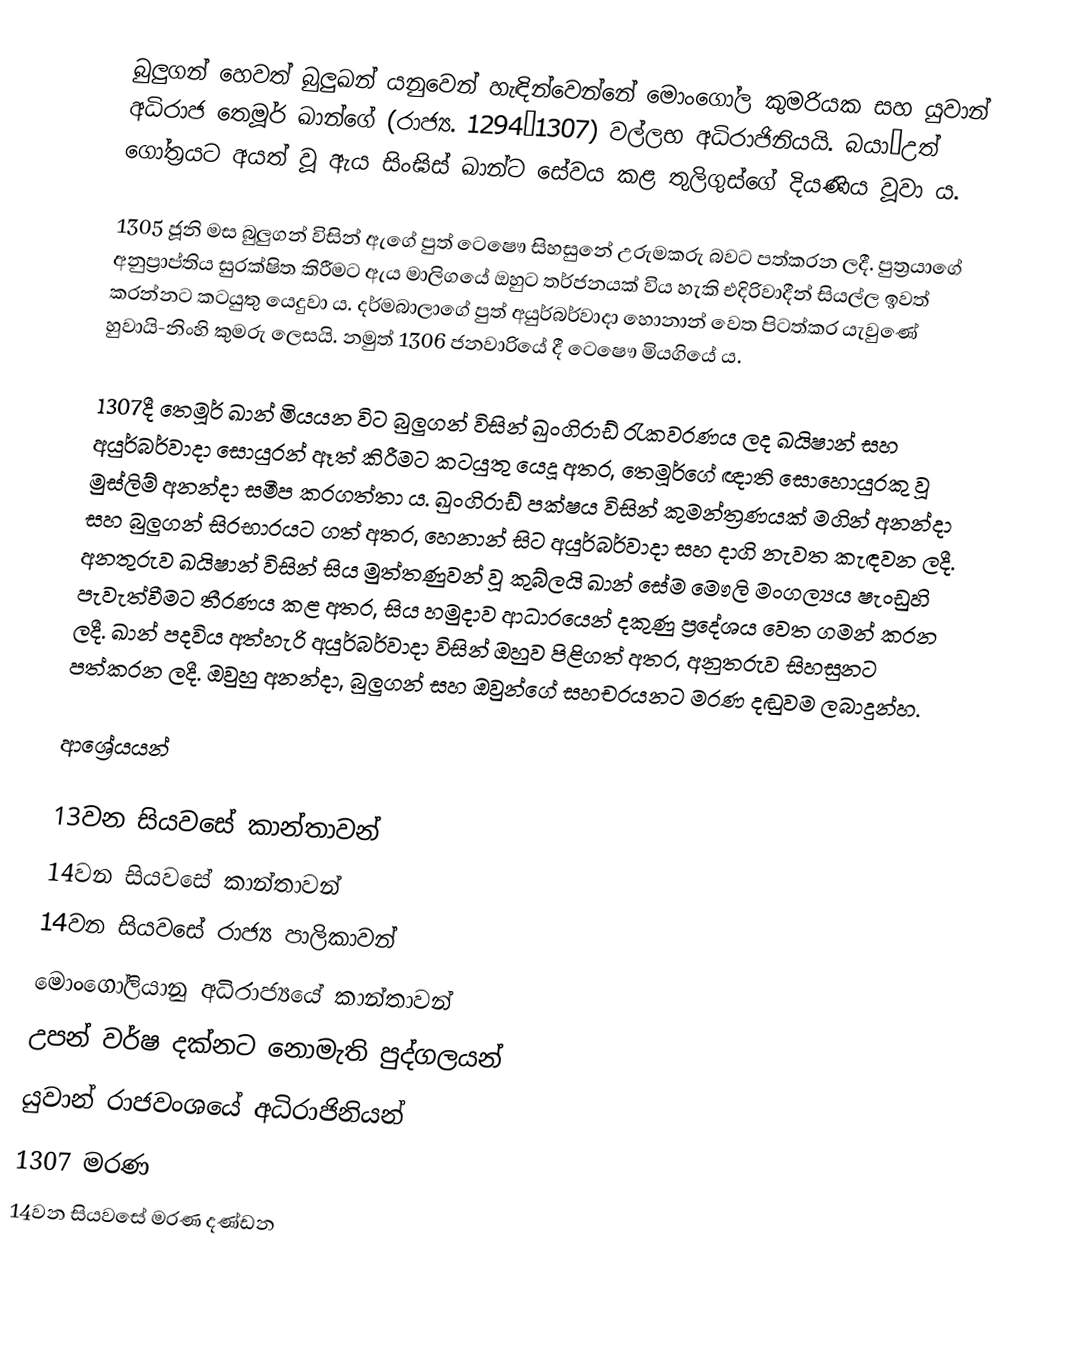
බුලුගන් හෙවත් බුලුඛන් යනුවෙන් හැඳින්වෙන්නේ මොංගෝල කුමරියක සහ යුවාන් අධිරාජ තෙමූර් ඛාන්ගේ (රාජ්‍ය. 1294–1307) වල්ලභ අධිරාජිනියයි. බයා’උත් ගෝත්‍රයට අයත් වූ ඇය සිංඝිස් ඛාන්ට සේවය කළ තුලිගුස්ගේ දියණිය වූවා ය.

1305 ජූනි මස බුලුගන් විසින් ඇගේ පුත් ටෙෂෞ සිහසුනේ උරුමකරු බවට පත්කරන ලදී. පුත්‍රයාගේ අනුප්‍රාප්තිය සුරක්ෂිත කිරීමට ඇය මාලිගයේ ඔහුට තර්ජනයක් විය හැකි එදිරිවාදීන් සියල්ල ඉවත් කරන්නට කටයුතු යෙදුවා ය. දර්මබාලාගේ පුත් අයුර්බර්වාදා හොනාන් වෙත පිටත්කර යැවුණේ හුවායි-නිංහි කුමරු ලෙසයි. නමුත් 1306 ජනවාරියේ දී ටෙෂෞ මියගියේ ය.

1307දී තෙමූර් ඛාන් මියයන විට බුලුගන් විසින් ඛුංගිරාඩ් රැකවරණය ලද ඛයිෂාන් සහ අයුර්බර්වාදා සොයුරන් ඈත් කිරීමට කටයුතු යෙදූ අතර, තෙමූර්ගේ ඥාති සොහොයුරකු වූ මුස්ලිම් අනන්දා සමීප කරගත්තා ය. ඛුංගිරාඩ් පක්ෂය විසින් කුමන්ත්‍රණයක් මගින් අනන්දා සහ බුලුගන් සිරභාරයට ගත් අතර, හෙනාන් සිට අයුර්බර්වාදා සහ දාගි නැවත කැඳවන ලදී. අනතුරුව ඛයිෂාන් විසින් සිය මුත්තණුවන් වූ කුබ්ලයි ඛාන්‍ සේම මෞලි මංගල්‍යය ෂැංඩුහි පැවැත්වීමට තීරණය කළ අතර, සිය හමුදාව ආධාරයෙන් දකුණු ප්‍රදේශය වෙත ගමන් කරන ලදී. ඛාන් පදවිය අත්හැරි අයුර්බර්වාදා විසින් ඔහුව පිළිගත් අතර, අනුතරුව සිහසුනට පත්කරන ලදී. ඔවුහු අනන්දා, බුලුගන් සහ ඔවුන්ගේ සහචරයනට මරණ දඬුවම ලබාදුන්හ.

ආශ්‍රේයයන්

13වන සියවසේ කාන්තාවන්
14වන සියවසේ කාන්තාවන්
14වන සියවසේ රාජ්‍ය පාලිකාවන්
මොංගෝලියානු අධිරාජ්‍යයේ කාන්තාවන්
උපන් වර්ෂ දක්නට නොමැති පුද්ගලයන්
යුවාන් රාජවංශයේ අධිරාජිනියන්
1307 මරණ
14වන සියවසේ මරණ දණ්ඩන